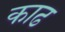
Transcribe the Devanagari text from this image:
काढ